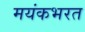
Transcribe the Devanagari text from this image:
मयंकभरत